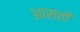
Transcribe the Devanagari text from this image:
आसतों